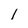
Character: l